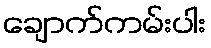
ချောက်ကမ်းပါး